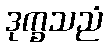
ဒုက္ခသညံ